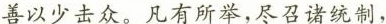
善以少击众。凡有所举，尽召诸统制，